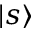
| s \rangle